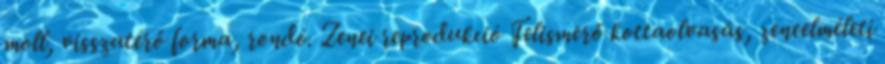
moll, visszatérő forma, rondó. Zenei reprodukció Felismerő kottaolvasás, zeneelméleti